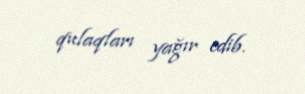
qulaqları yağır edib.